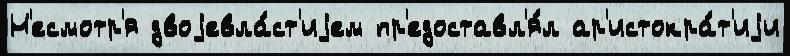
Н'есмотр'я двоjевла́ст'иjем пр'едоставл'я́л ар'истокра́т'иjи